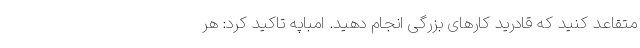
متقاعد کنید که قادرید کارهای بزرگی انجام دهید. امباپه تاکید کرد: هر